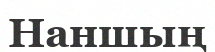
Наншың